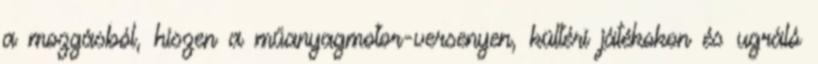
a mozgásból, hiszen a műanyagmotor-versenyen, kültéri játékokon és ugráló